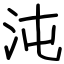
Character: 沌